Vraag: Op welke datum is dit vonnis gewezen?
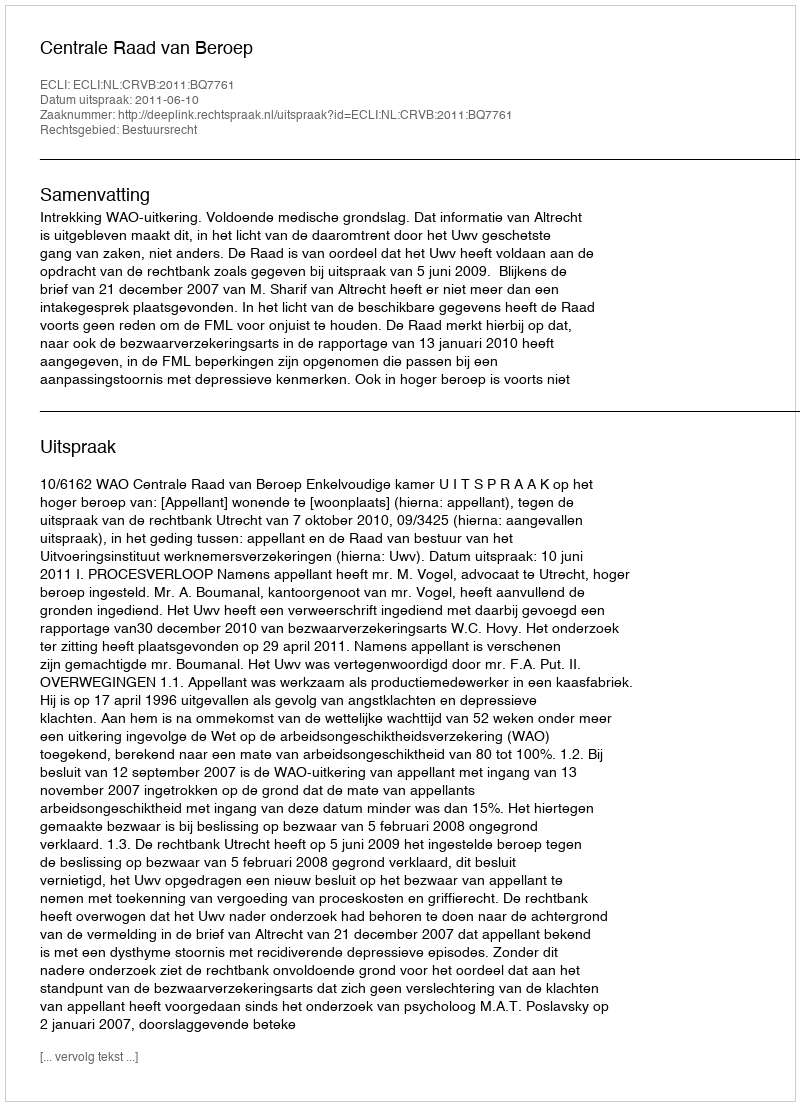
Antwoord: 2011-06-10